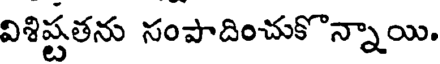
విశిష్టతను సంపాదించుకొన్నాయి.